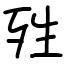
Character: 殅